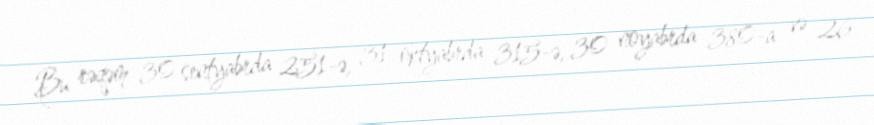
Bu rəqəm 30 sentyabrda 251-ə, 31 oktyabrda 315-ə, 30 noyabrda 380-a və 26